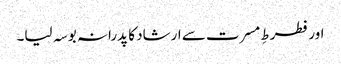
اور فطرطِ مسرت سے ارشاد کا پدرانہ بوسہ لیا۔